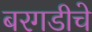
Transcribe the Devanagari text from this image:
बरगडीचे